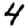
Digit: 4